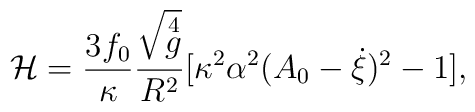
\mathcal{H}=\frac{3f_0}{\kappa}\frac{\sqrt{\mathop{g}\limits^4}}{R^2}[\kappa^2\alpha^2(A_0-\dot{\xi})^2-1],